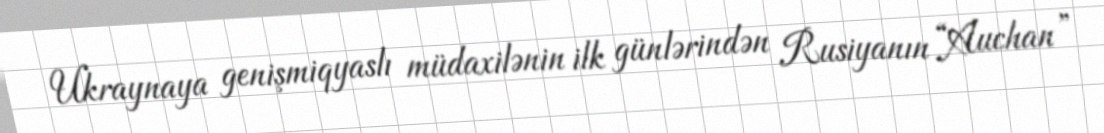
Ukraynaya genişmiqyaslı müdaxilənin ilk günlərindən Rusiyanın “Auchan”